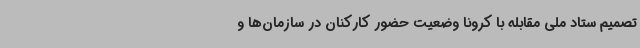
تصمیم ستاد ملی مقابله با کرونا وضعیت حضور کارکنان در سازمان‌ها و